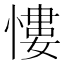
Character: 慺